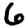
Digit: 6